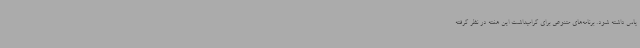
پاس داشته شود. برنامه‌های متنوعی برای گرامیداشت این هفته در نظر گرفته